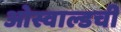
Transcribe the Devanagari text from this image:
ओस्वाल्डची